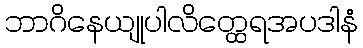
ဘာဂိနေယျုပါလိတ္ထေရအပဒါနံ